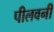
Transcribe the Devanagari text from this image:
पीलवनी